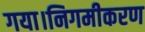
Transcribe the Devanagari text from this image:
गया।निगमीकरण